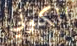
الكوني